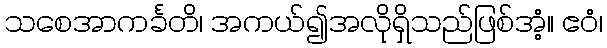
သစေအာကင်္ခတိ၊ အကယ်၍အလိုရှိသည်ဖြစ်အံ့။ ဧဝံ၊